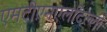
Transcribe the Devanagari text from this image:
एमटीएनएलदिल्ली